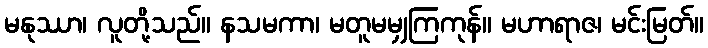
မနုဿာ၊ လူတို့သည်။ နသမကာ၊ မတူမမျှကြကုန်။ မဟာရာဇ၊ မင်းမြတ်။